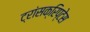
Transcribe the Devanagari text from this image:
ट्रांसक्रिप्टेस